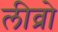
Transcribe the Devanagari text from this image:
लीव्रो